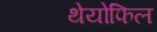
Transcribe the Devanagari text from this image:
थेयोफिल